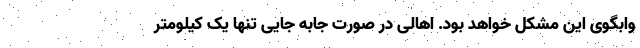
وابگوی این مشکل خواهد بود. اهالی در صورت جابه جایی تنها یک کیلومتر